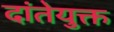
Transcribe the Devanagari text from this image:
दांतेयुक्त